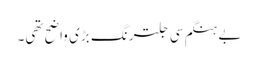
بے ہنگم سی جلترنگ بڑی واضح تھی۔